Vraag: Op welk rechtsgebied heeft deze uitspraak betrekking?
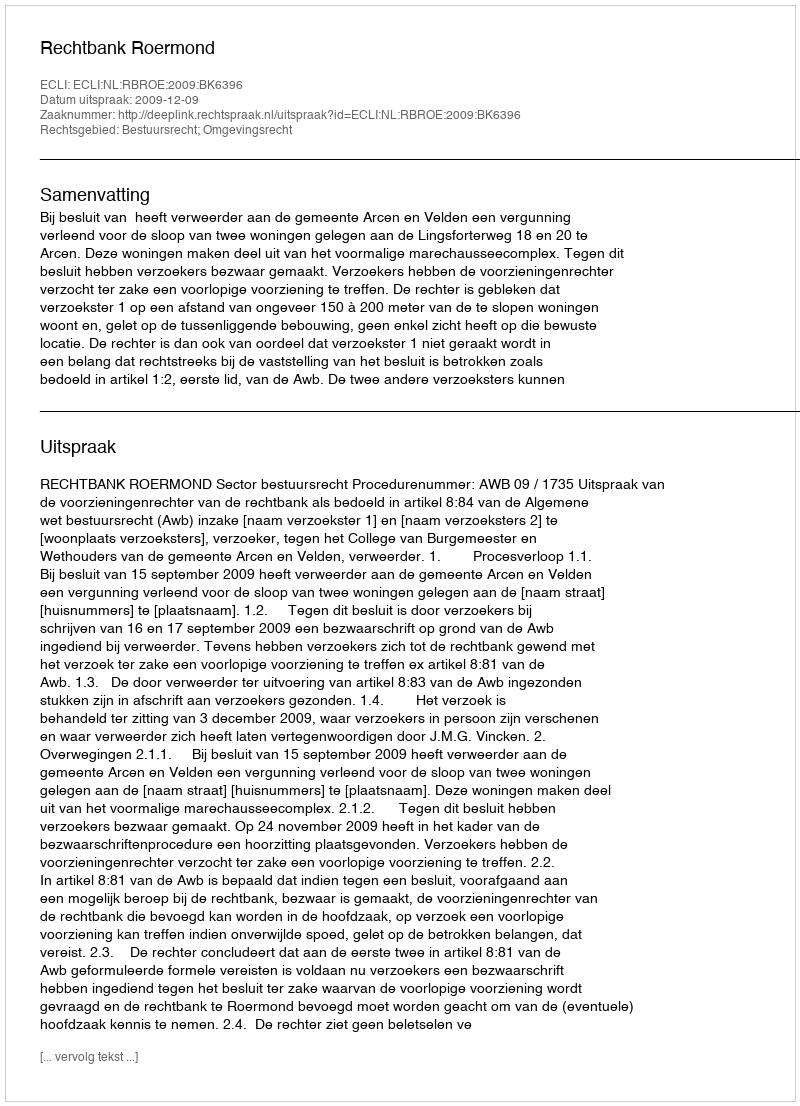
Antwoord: Bestuursrecht; Omgevingsrecht